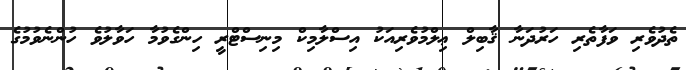
ތެދުވެރި ވަފާތެރި ހަރުދަނާ ޤާބިލް ޢިލްމުވެރިއަކު އިސްލާމިކް މިނިސްޓްރީ ހިންގެވުމާ ހަވާލުވެ ހުންނެވުމުގެ